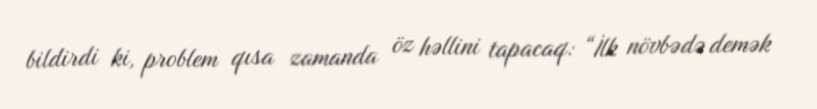
bildirdi ki, problem qısa zamanda öz həllini tapacaq: “İlk növbədə demək